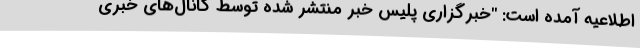
اطلاعیه آمده است: "خبرگزاری پلیس خبر منتشر شده توسط کانال‌های خبری